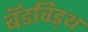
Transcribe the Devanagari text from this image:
बॅडविड्थ